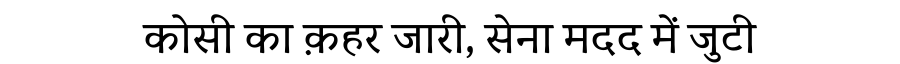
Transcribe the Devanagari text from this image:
कोसी का क़हर जारी, सेना मदद में जुटी